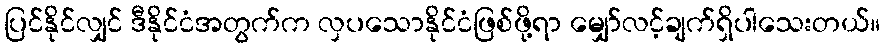
ပြင်နိုင်လျှင် ဒီနိုင်ငံအတွက်က လှပသောနိုင်ငံဖြစ်ဖို့ရာ မျှော်လင့်ချက်ရှိပါသေးတယ်။